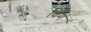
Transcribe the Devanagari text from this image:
विगं